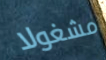
مشغولا